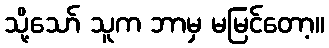
သို့သော် သူက ဘာမှ မမြင်တော့။